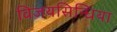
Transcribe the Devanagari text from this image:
विजयसिन्धिया